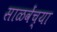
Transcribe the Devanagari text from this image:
साळवेंच्या